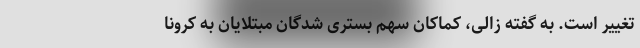
تغییر است. به گفته زالی، کماکان سهم بستری شدگان مبتلایان به کرونا